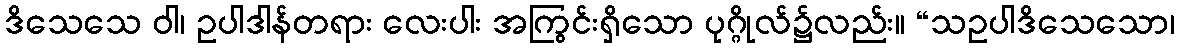
ဒိသေသေ ဝါ၊ ဥပါဒါန်တရား လေးပါး အကြွင်းရှိသော ပုဂ္ဂိုလ်၌လည်း။ “သဥပါဒိသေသော၊